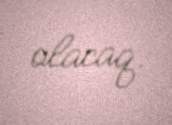
olacaq.